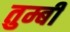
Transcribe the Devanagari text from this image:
तुम्बी